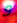
و